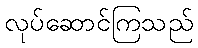
လုပ်ဆောင်ကြသည်